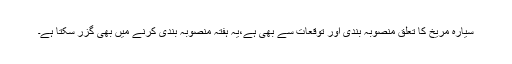
سیارہ مریخ کا تعلق منصوبہ بندی اور توقعات سے بھی ہے،یہ ہفتہ منصوبہ بندی کرنے میں بھی گزر سکتا ہے۔